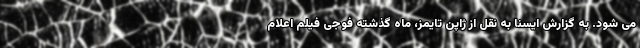
می شود. به گزارش ایسنا به نقل از ژاپن تایمز، ماه گذشته فوجی فیلم اعلام